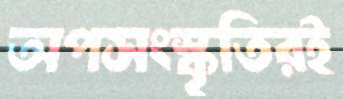
অপসংস্কৃতিরই